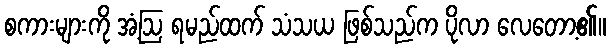
စကားများကို အံ့ဩ ရမည်ထက် သံသယ ဖြစ်သည်က ပိုလာ လေတော့၏။